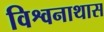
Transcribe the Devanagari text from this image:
विश्वनाथास